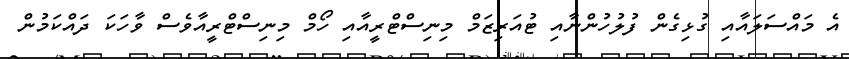
އެ މައްސަލައާއި ގުޅިގެން ފުލުހުންނާއި ޓުއަރިޒަމް މިނިސްޓްރީއާއި ހޯމް މިނިސްޓްރީއާވެސް ވާހަކަ ދައްކަމުން